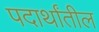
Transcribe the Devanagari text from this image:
पदार्थांतील